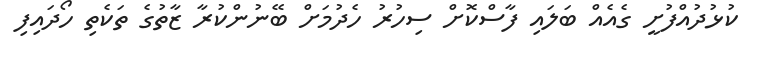
ކުޅުދުއްފުށީ ގެއެއް ބަލައި ފާސްކޮށް ސިހުރު ހެދުމަށް ބޭނުންކުރާ ޒާތުގެ ތަކެތި ހޯދައިފި